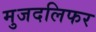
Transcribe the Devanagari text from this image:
मुजदलिफर